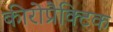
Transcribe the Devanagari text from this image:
कीरोप्रैक्टिक